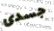
جسدى